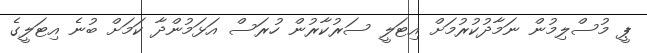
ޕީ މުސްލިމުން ނަމާދުކުރުމަށް އިޓަލީ ސަރުކާރުން ހުރަސް އަޅަމުންދާ ކަމަށް ބުނެ އިޓަލީގެ